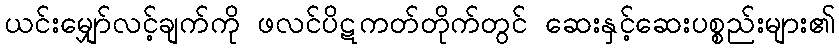
ယင်းမျှော်လင့်ချက်ကို ဖလင်ပိဋကတ်တိုက်တွင် ဆေးနှင့်ဆေးပစ္စည်းများ၏